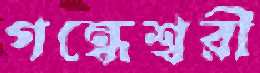
গন্ধেশ্বরী